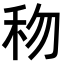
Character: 𥝤